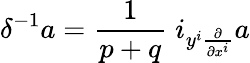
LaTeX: \delta^{-1}a=\frac{1}{p+q}\; i_{y^{i}\frac{\partial}{\partial x^{i}}}a